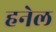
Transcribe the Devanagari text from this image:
हनेल